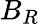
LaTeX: B_{R}